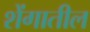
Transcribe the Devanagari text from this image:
शेंगातील